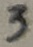
Text: 3